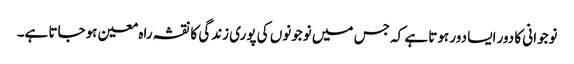
نوجوانی کا دور ایسا دور ہوتا ہے کہ جس میں نوجونوں کی پوری زندگی کا نقشہ راہ معین ہوجاتا ہے۔